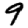
Digit: 9